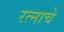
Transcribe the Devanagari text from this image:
रत्नाचे